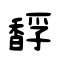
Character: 馟